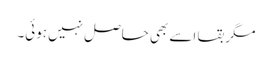
مگر بقا اسے بھی حاصل نہیں ہوئی۔